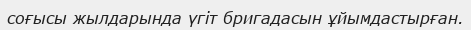
соғысы жылдарында үгіт бригадасын ұйымдастырған.